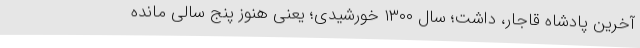
آخرین پادشاه قاجار، داشت؛ سال ۱۳۰۰ خورشیدی؛ یعنی هنوز پنج سالی مانده